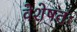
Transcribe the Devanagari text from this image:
वेशेषतः